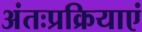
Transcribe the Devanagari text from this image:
अंतःप्रक्रियाएं